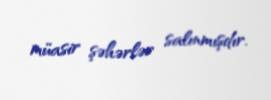
müasir şəhərlər salınmışdır.